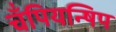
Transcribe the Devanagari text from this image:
चँपियन्षिप